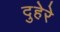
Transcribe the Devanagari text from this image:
दुहेरे